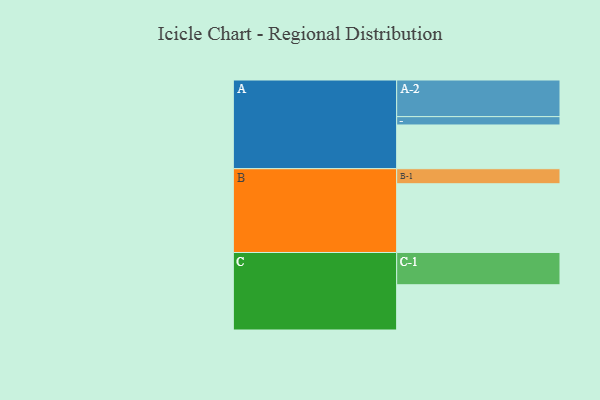
{"axis": {"x": "Segment", "y": "Value"}, "legend": ["", "A", "B", "C"], "data": [{"x": "A", "y": 320, "type": ""}, {"x": "B", "y": 503, "type": ""}, {"x": "C", "y": 331, "type": ""}, {"x": "A-1", "y": 61, "type": "A"}, {"x": "A-2", "y": 268, "type": "A"}, {"x": "B-1", "y": 110, "type": "B"}, {"x": "C-1", "y": 236, "type": "C"}]}